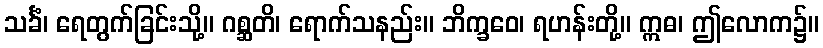
သင်္ခံ၊ ရေတွက်ခြင်းသို့။ ဂစ္ဆတိ၊ ရောက်သနည်း။ ဘိက္ခဝေ၊ ရဟန်းတို့။ ဣဓ၊ ဤလောက၌။